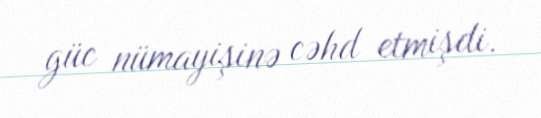
güc nümayişinə cəhd etmişdi.